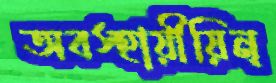
অবস্হায়ীয়িন্